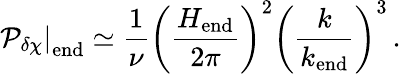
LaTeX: \left.{\cal P}_{\delta\chi}\right|_{\mathrm{end}}\simeq\frac{1}{\nu}\left(\frac{H_{\mathrm{end}}}{2\pi}\right)^{2}\left(\frac{k}{k_{\mathrm{end}}}\right)^{3}\, .